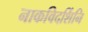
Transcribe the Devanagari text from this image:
नाकविदर्शिनि